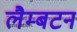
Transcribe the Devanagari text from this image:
लैम्बटन